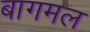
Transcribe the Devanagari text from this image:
बागमल